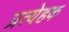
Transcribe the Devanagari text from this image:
प्रत्येहक